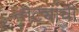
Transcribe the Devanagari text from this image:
तंट्यांची